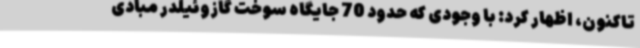
تاکنون، اظهار کرد: با وجودی که حدود 70 جایگاه سوخت گازوئیلدر مبادی